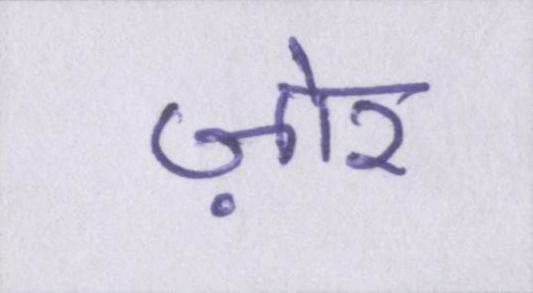
ज़ोर